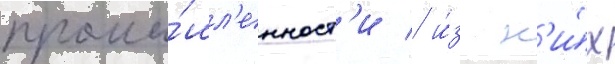
промы́шл'енност'и / и́з н'и́х